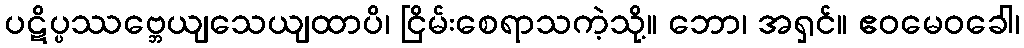
ပဋိပ္ပဿဗ္ဘေယျသေယျထာပိ၊ ငြိမ်းစေရာသကဲ့သို့။ ဘော၊ အရှင်။ ဧဝမေဝခေါ၊